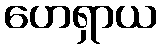
ဟေရှာယ